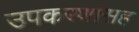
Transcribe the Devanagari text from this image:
उपकरणांसह